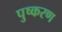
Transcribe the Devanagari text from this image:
पुष्करण